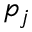
p _ { j }